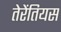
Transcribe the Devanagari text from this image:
तेरेंतियस